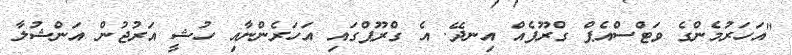
"އަހަރުމެންގެ ވަޓްސްއެޕް ގްރޫފެއް އިނދޭ. އެ ގްރޫޕްގައި އަހަރެންނާއި ހުޝީ އަރުޖުން އަންޝުލާ